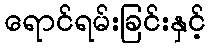
ရောင်ရမ်းခြင်းနှင့်